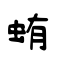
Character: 蛕